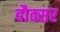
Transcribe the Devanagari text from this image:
बौक्सर